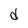
Character: d